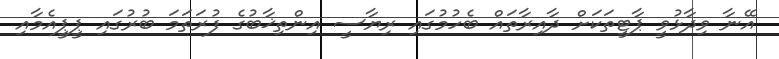
އޭނާ ވިދާޅުވީ ޕާޓީތަކަށް ދާއިރާތައް ބެހުމުގައި ރިޔާސީ އިންތިޚާބުގެ ފުރަތަމަ ބުރުގައި ޕީޕީއެމާއި